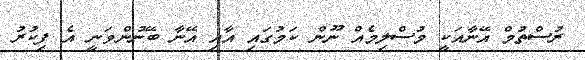
ރުސްތުމް އޭނާއަކީ މުސްލިމެއް ނޫން ކަމުގައި އާއި އޭނާ ބޭނުންވަނީ އެ ފިކުރު